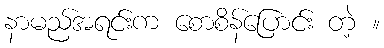
နာမည်အရင်းက စောစိန်ပြောင်း တဲ့ ။